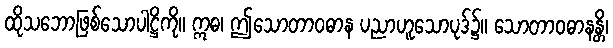
ထိုသဘောဖြစ်သောပါဋ္ဌိကို။ ဣဓ၊ ဤသောတာဝဓာန ပညာဟူသောပုဒ်၌။ သောတာဝဓာနန္တိ၊